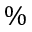
\%